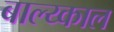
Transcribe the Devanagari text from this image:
बाल्य्काल